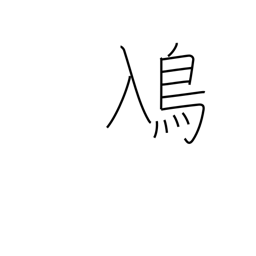
Meaning: grebe